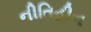
નીતિહીન